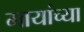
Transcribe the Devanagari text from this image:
मायांच्या